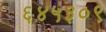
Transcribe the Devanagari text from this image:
६४५३०९